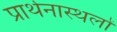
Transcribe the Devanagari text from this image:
प्रार्थनास्थलों